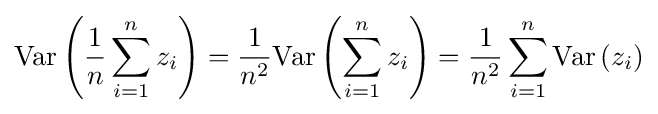
\mathrm {Var} \left({\frac {1}{n}}\sum _{i=1}^{n}z_{i}\right)={\frac {1}{n^{2}}}\mathrm {Var} \left(\sum _{i=1}^{n}z_{i}\right)={\frac {1}{n^{2}}}\sum _{i=1}^{n}\mathrm {Var} \left(z_{i}\right)